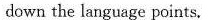
down the language points.